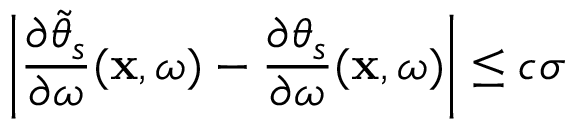
\left| \frac { \partial \widetilde { \theta } _ { s } } { \partial \omega } ( \mathbf { x } , \omega ) - \frac { \partial \theta _ { s } } { \partial \omega } ( \mathbf { x } , \omega ) \right| \leq c \sigma